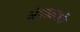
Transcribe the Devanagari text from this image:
नेपाळतर्फे